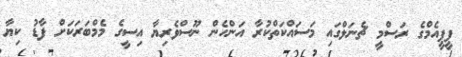
ޕީޕީއެމްގެ ރަސްމީ ޗެނަލްގައި މަސައްކަތްކުރާ އަންހެން ނޫސްވެރިޔާ އިސީގެ މެމްބަރަކަށް ފާޑު ކިޔާ